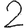
Digit: 2